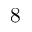
8